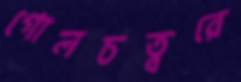
গোলচত্বরে